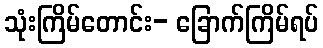
သုံးကြိမ်တောင်း- ခြောက်ကြိမ်ရပ်